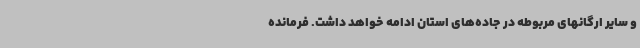
و سایر ارگانهای مربوطه در جاده‌های استان ادامه خواهد داشت. فرمانده